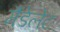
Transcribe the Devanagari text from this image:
मैंडेलेट